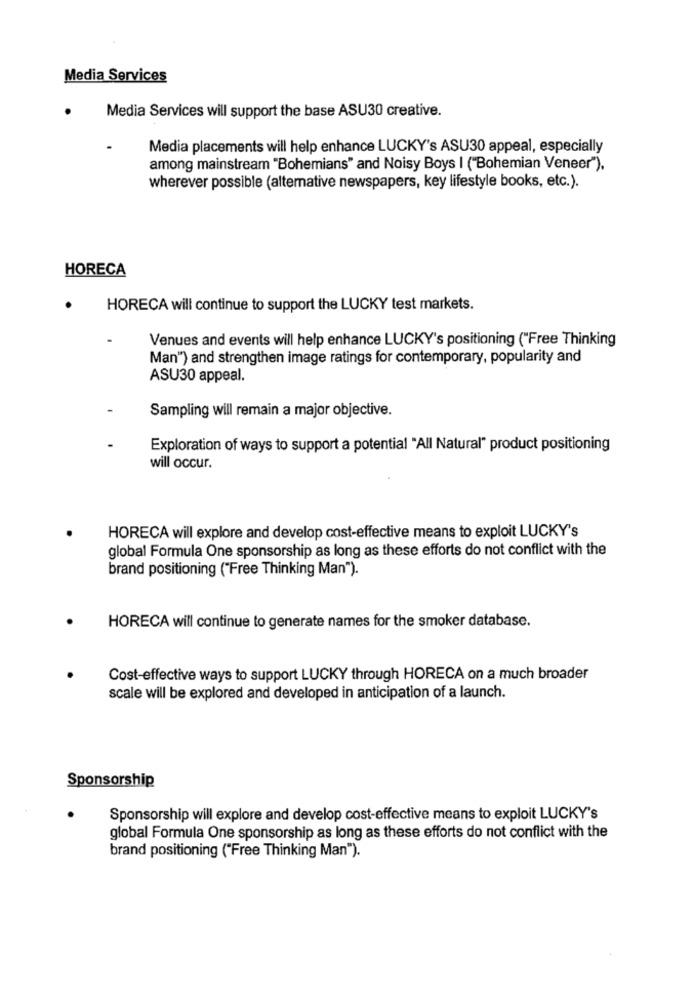
Media Services
Media Services will support the base ASU30 creative.
Media placements will help enhance LUCKY's ASU30 appeal, especially
among mainstream "Bohemians" and Noisy Boys I ("Bohemian Veneer"),
wherever possible (alternative newspapers, key lifestyle books, etc.).
HORECA
HORECA will continue to support the LUCKY test markets.
Venues and events will help enhance LUCKY's positioning ("Free Thinking
Man") and strengthen image ratings for contemporary, popularity and
ASU30 appeal.
Sampling will remain a major objective.
Exploration of ways to support a potential "All Natural" product positioning
will occur.
HORECA will explore and develop cost-effective means to exploit LUCKY's
global Formula One sponsorship as long as these efforts do not conflict with the
brand positioning ("Free Thinking Man").
HORECA will continue to generate names for the smoker database.
Cost-effective ways to support LUCKY through HORECA on a much broader
scale will be explored and developed in anticipation of a launch.
Sponsorship
Sponsorship will explore and develop cost-effective means to exploit LUCKY's
global Formula One sponsorship as long as these efforts do not conflict with the
brand positioning ("Free Thinking Man").